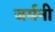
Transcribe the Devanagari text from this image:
जर्मनी